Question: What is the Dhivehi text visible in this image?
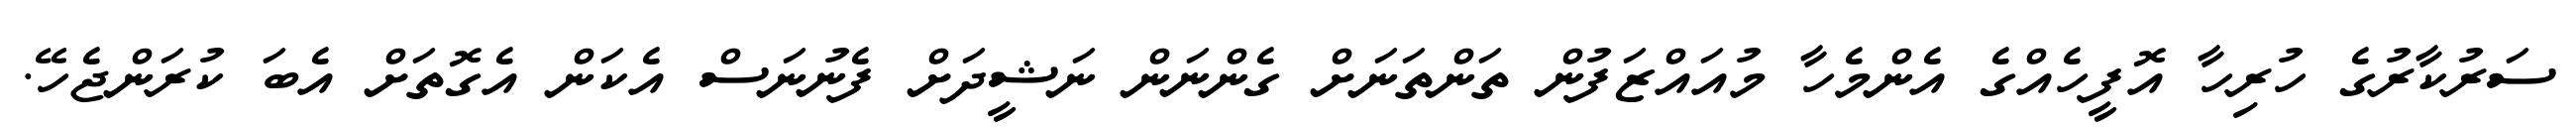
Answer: ސަރުކާރުގެ ހުރިހާ އޮފީހެއްގެ އެންމެހާ މުއައްޒަފުން ތަންތަނަށް ގެންނަން ނަޝީދަށް ފެނުނަސް އެކަން އެގޮތަށް އެބަ ކުރަންޖެހޭ.